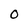
Character: O